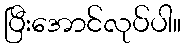
ပြီးအောင်လုပ်ပါ။